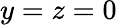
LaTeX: y=z=0